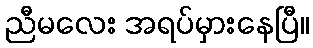
ညီမလေး အရပ်မှားနေပြီ။